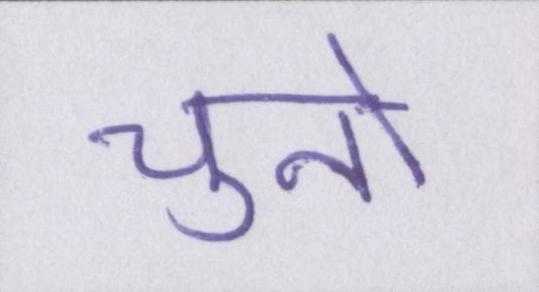
चुनो